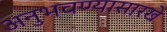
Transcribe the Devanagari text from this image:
अनुभवण्यासारखे